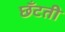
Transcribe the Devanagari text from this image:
छँटती